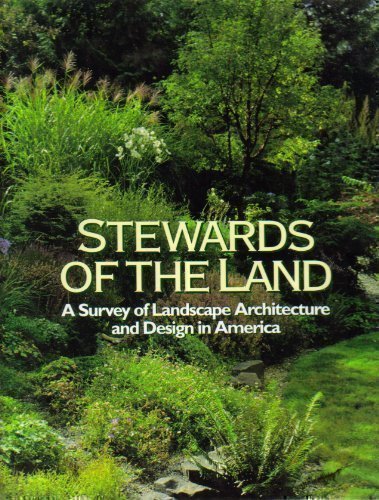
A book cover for Stewards of the Land: A Survey of Landscape Architecture and Design in America; Arts & Photography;